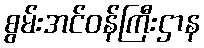
စွမ်းအင်ဝန်ကြီးဌာန